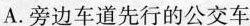
A.旁边车道先行的公交车